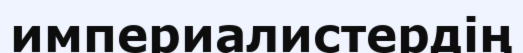
империалистердің